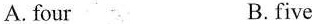
A. four B.five